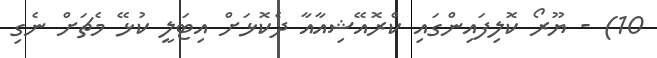
10) - ޔޫރޯ ކޮލިފައިންގައި ކްރޮއޭޝިއާއާ ދެކޮޅަށް އިޓަލީ ކުޅޭ މެޗަށް ނެގި